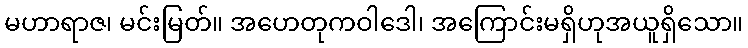
မဟာရာဇ၊ မင်းမြတ်။ အဟေတုကဝါဒေါ၊ အကြောင်းမရှိဟုအယူရှိသော။